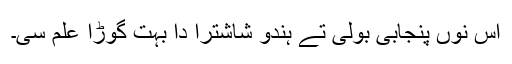
اس نوں پنجابی بولی تے ہندو شاشترا دا بہت گوڑا علم سی۔